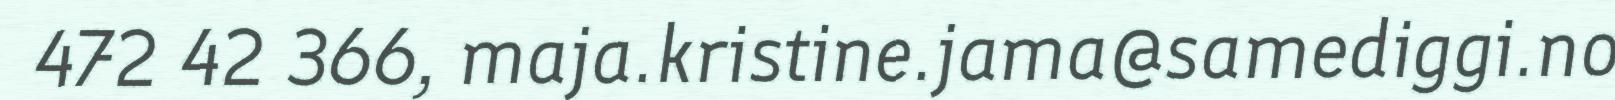
472 42 366, maja.kristine.jama@samediggi.no